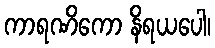
ကာရဏိကော နိရယပေါ၊